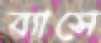
ব্যাসে